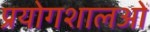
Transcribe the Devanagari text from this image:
प्रयोगशालओं